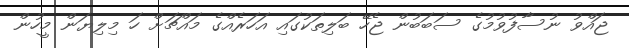
ޖައްވު ނުސާފުވުމުގެ ސަބަބުން ޖެހޭ ބަލިތަކުގައި އަހަރެއްގެ މައްޗަށް ހަ މިލިޔަން މީހުން